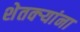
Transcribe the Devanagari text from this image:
शेतक्ऱ्यांना